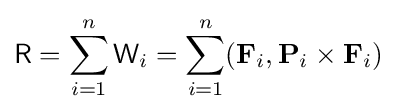
{\mathsf {R}}=\sum _{i=1}^{n}{\mathsf {W}}_{i}=\sum _{i=1}^{n}(\mathbf {F} _{i},\mathbf {P} _{i}\times \mathbf {F} _{i})